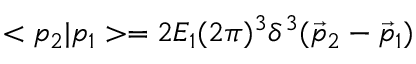
< p _ { 2 } | p _ { 1 } > = 2 E _ { 1 } ( 2 \pi ) ^ { 3 } \delta ^ { 3 } ( \vec { p } _ { 2 } - \vec { p } _ { 1 } )